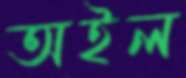
অইল